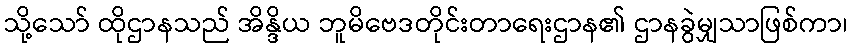
သို့သော် ထိုဌာနသည် အိန္ဒိယ ဘူမိဗေဒတိုင်းတာရေးဌာန၏ ဌာနခွဲမျှသာဖြစ်ကာ၊